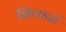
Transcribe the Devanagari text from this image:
शिलडर्स